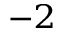
^ { - 2 }